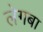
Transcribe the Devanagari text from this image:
लेगबा